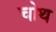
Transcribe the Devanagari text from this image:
चोथ